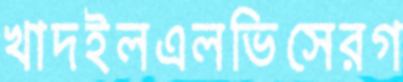
খাদইলএলভিসেরগ